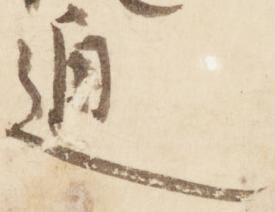
通